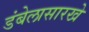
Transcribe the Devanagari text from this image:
डंबेलासारखे